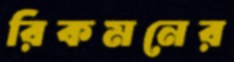
রিকমনের